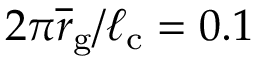
2 \pi \overline { r } _ { \mathrm { g } } / \ell _ { \mathrm { c } } = 0 . 1